Annual report on the working of the mental hospitals in the Madras Presidency - 1912-1932
Year: 1912
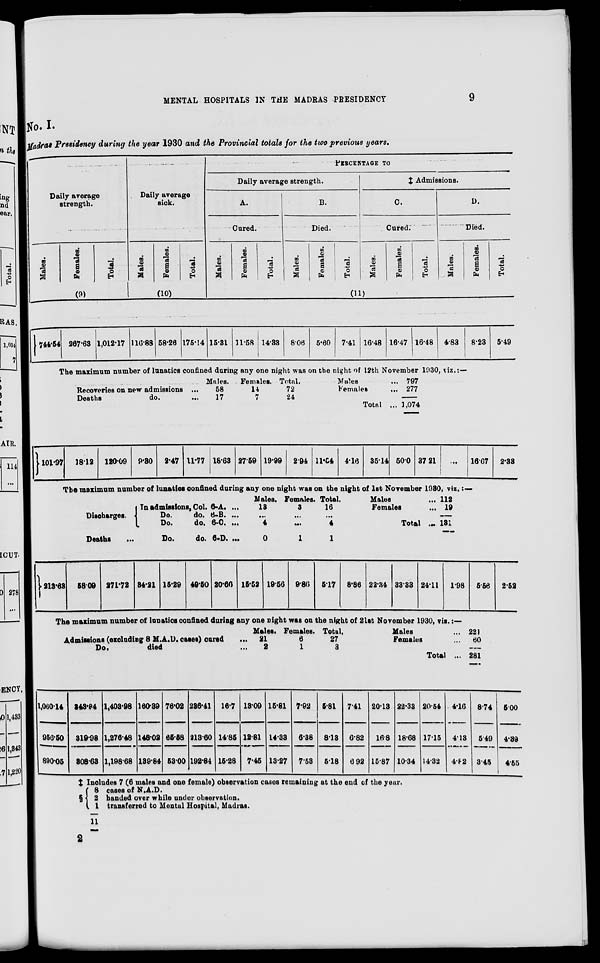
MENTAL HOSPITALS IN THE MADRAS PRESIDENCY
9
No. I.
Madras Presidency during the year 1930 and the Provincial totals for the two previous years.
Daily average
strength.
Males.
Females.
Total.
(9)
Daily average
sick.
Males.
Females.
Total.
(10)
PERCENTAGE TO
Daily average strength.
A.
Cured.
Males.
Females.
Total.
B.
Died.
Males.
Females.
Total.
‡ Admissions.
C.
Cured.
Males.
Females.
Total.
D.
Died.
Males.
Females.
Total.
(11)
744.54 267.63 1,012.17 116.88 58.26 175.14 15.31 11.58 14.33 8.06
5.60 7.41 16.48 16.47 16.48 4.83
8.23 5.49
The maximum number of lunatics confined during any one night was on the night of 12th November 1930, viz:—
Recoveries on new admissions ...
Deaths
do. ...
Males.
58
17
Females.
14
7
Total.
72
24
Males ...
Females ...
Total ...
797
277
1,074
101.97 18.12 120.09 9.30 2.47 11.77 18.63 27.59 19.99 2.94 11.04 4.16 35.14 50.0 37.21
...
16.67
2.33
The maximum number of lunatics confined during any one night was on the night of 1st November 1930, viz. :—
213.63
Discharges.
In admissions, Col. 6.A. ...
Do.
do. 6-B. ...
Do.
do. 6-C. ...
Deaths
...
58.09 271.72 34.21
Do.
15.29
do.
49.50
6.D. ...
20.66 15.52
Males.
13
...
4
0
19.56
Females
3
...
...
1
9.86
Total
16
...
4
1
5.17
Males
...
Females ...
Total
...
112
19
131
8.86 22.34 33.33 24.11 1.98
The maximum number of lunatics confined during any one night was on the night of 21st November 1930, viz. :—
Admissions (excluding 8 M.A.D. cases) cured ...
Do.
died ...
Males.
21
2
Females.
6
1
Total.
27
3
Males ...
Females ...
Total ...
5.56
221
60
281
2.52
1,060.14
956.50
890.05
348.84
319.98
308.63
1,403.98
1,276.48
1,198.68
160.39
148.02
139.84
76.02
65.58
53.00
236.41
213.60
192.84
16.7
14.85
15.28
13.09
12.81
7.45
15.81
14.33
13.27
7.92
6.38
7.53
5.81
8.13
5.18
7.41
6.82
6 92
20.13
16.8
15.87
22.33
18.68
10.34
20.54
17.15
14.32
4.16
4.13
4.82
8.74
5 49
3.45
5.00
4.3
4.55
‡
§
Includes 7 (6 males and one female) observation cases remaining at the end of the year.
8
2
1
11
cases of N.A.D.
handed over while under observation.
transferred to Mental Hospital, Madras.
2